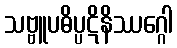
သဗ္ဗူပဓိပ္ပဋိနိဿဂ္ဂေါ